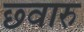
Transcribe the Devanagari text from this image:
छ्वारु